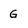
Character: G